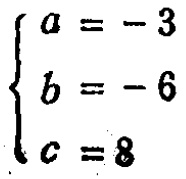
\[\begin{cases}
a = -3 \\
b = -6 \\
c = 8
\end{cases}\]